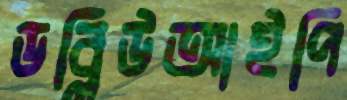
ডব্লিউআইপি